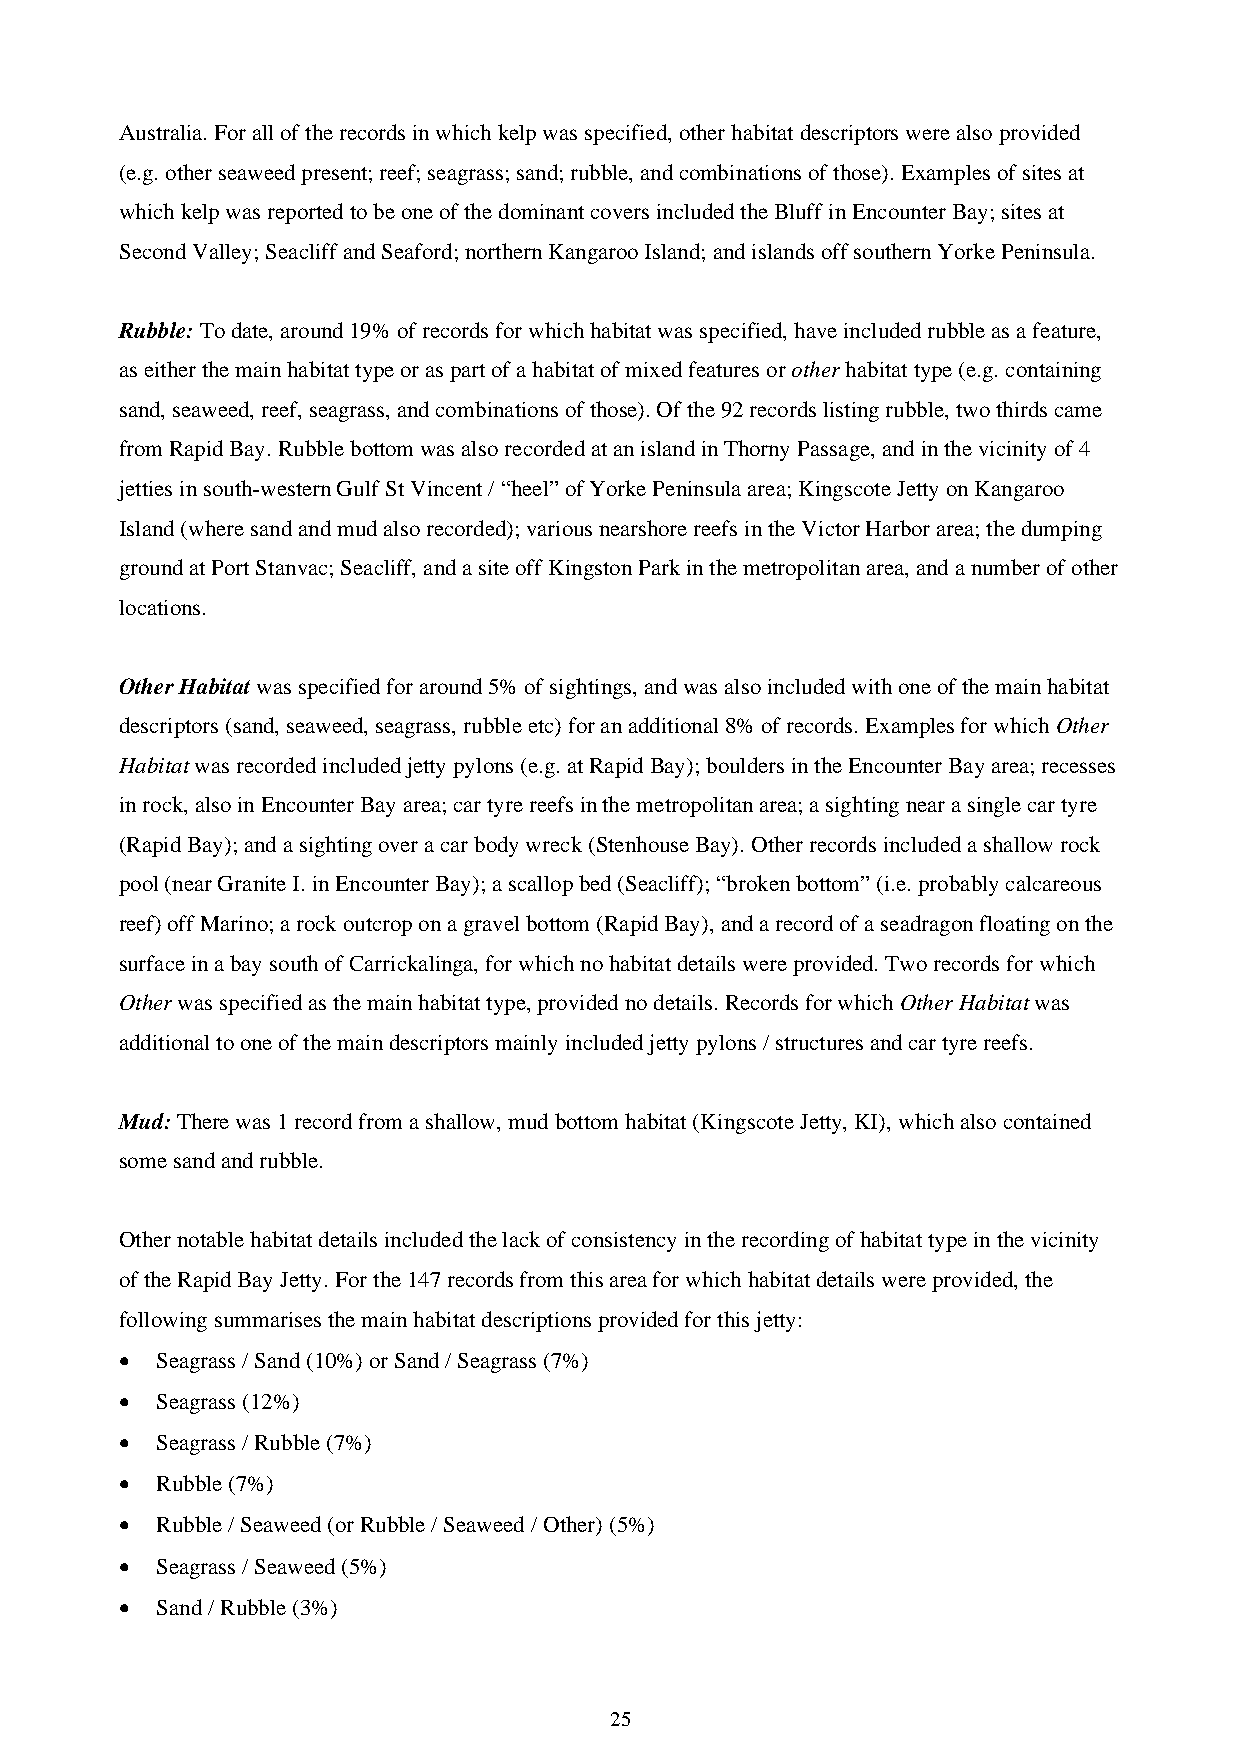
Australia. For all of the records in which kelp was specified, other habitat descriptors were also provided
 (e.g. other seaweed present; reef; seagrass; sand; rubble, and combinations of those). Examples of sites at
 which kelp was reported to be one of the dominant covers included the Bluff in Encounter Bay; sites at
 Second Valley; Seacliff and Seaford; northern Kangaroo Island; and islands off southern Yorke Peninsula.
 Rubble: To date, around 19% of records for which habitat was specified, have included rubble as a feature,
 as either the main habitat type or as part of a habitat of mixed features or other habitat type (e.g. containing
 sand, seaweed, reef, seagrass, and combinations of those). Of the 92 records listing rubble, two thirds came
 from Rapid Bay. Rubble bottom was also recorded at an island in Thorny Passage, and in the vicinity of 4
 jetties in south-western Gulf St Vincent / “heel” of Yorke Peninsula area; Kingscote Jetty on Kangaroo
 Island (where sand and mud also recorded); various nearshore reefs in the Victor Harbor area; the dumping
 ground at Port Stanvac; Seacliff, and a site off Kingston Park in the metropolitan area, and a number of other
 locations.
 Other Habitat was specified for around 5% of sightings, and was also included with one of the main habitat
 descriptors (sand, seaweed, seagrass, rubble etc) for an additional 8% of records. Examples for which Other
 Habitat was recorded included jetty pylons (e.g. at Rapid Bay); boulders in the Encounter Bay area; recesses
 in rock, also in Encounter Bay area; car tyre reefs in the metropolitan area; a sighting near a single car tyre
 (Rapid Bay); and a sighting over a car body wreck (Stenhouse Bay). Other records included a shallow rock
 pool (near Granite I. in Encounter Bay); a scallop bed (Seacliff); “broken bottom” (i.e. probably calcareous
 reef) off Marino; a rock outcrop on a gravel bottom (Rapid Bay), and a record of a seadragon floating on the
 surface in a bay south of Carrickalinga, for which no habitat details were provided. Two records for which
 Other was specified as the main habitat type, provided no details. Records for which Other Habitat was
 additional to one of the main descriptors mainly included jetty pylons / structures and car tyre reefs.
 Mud: There was 1 record from a shallow, mud bottom habitat (Kingscote Jetty, KI), which also contained
 some sand and rubble.
 Other notable habitat details included the lack of consistency in the recording of habitat type in the vicinity
 of the Rapid Bay Jetty. For the 147 records from this area for which habitat details were provided, the
 following summarises the main habitat descriptions provided for this jetty:
 • Seagrass / Sand (10%) or Sand / Seagrass (7%)
 • Seagrass (12%)
 • Seagrass / Rubble (7%)
 • Rubble (7%)
 • Rubble / Seaweed (or Rubble / Seaweed / Other) (5%)
 • Seagrass / Seaweed (5%)
 • Sand / Rubble (3%)
 25